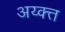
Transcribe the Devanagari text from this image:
अय्क्त्त